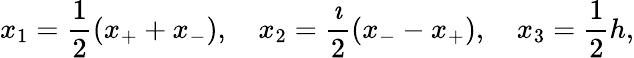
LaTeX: x_{1}=\frac{1}{2}\left(x_{+}+x_{-}\right),\quad x_{2}=\frac{\imath}{2}\left(x_{-}-x_{+}\right),\quad x_{3}=\frac{1}{2}h,